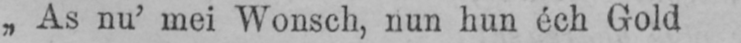
„As nu’ mei Wonsch, nun hun éeh Gold